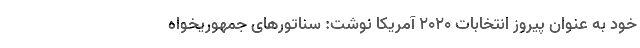
خود به عنوان پیروز انتخابات ۲۰۲۰ آمریکا نوشت: سناتورهای جمهوریخواه